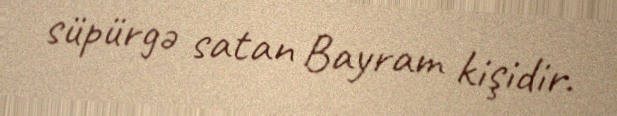
süpürgə satan Bayram kişidir.